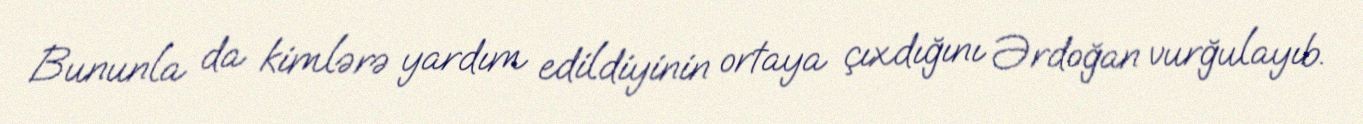
Bununla da kimlərə yardım edildiyinin ortaya çıxdığını Ərdoğan vurğulayıb.